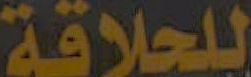
للحلاقة